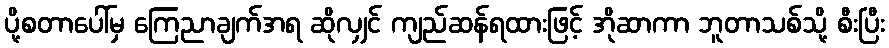
ပို့စတာပေါ်မှ ကြေညာချက်အရ ဆိုလျှင် ကျည်ဆန်ရထားဖြင့် အိုဆာကာ ဘူတာသစ်သို့ စီးပြီး